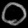
Digit: ၀